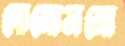
দোনোমনো